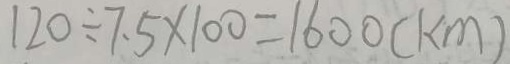
1 2 0 \div 7 . 5 \times 1 0 0 = 1 6 0 0 ( k m )